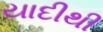
યાદીથી